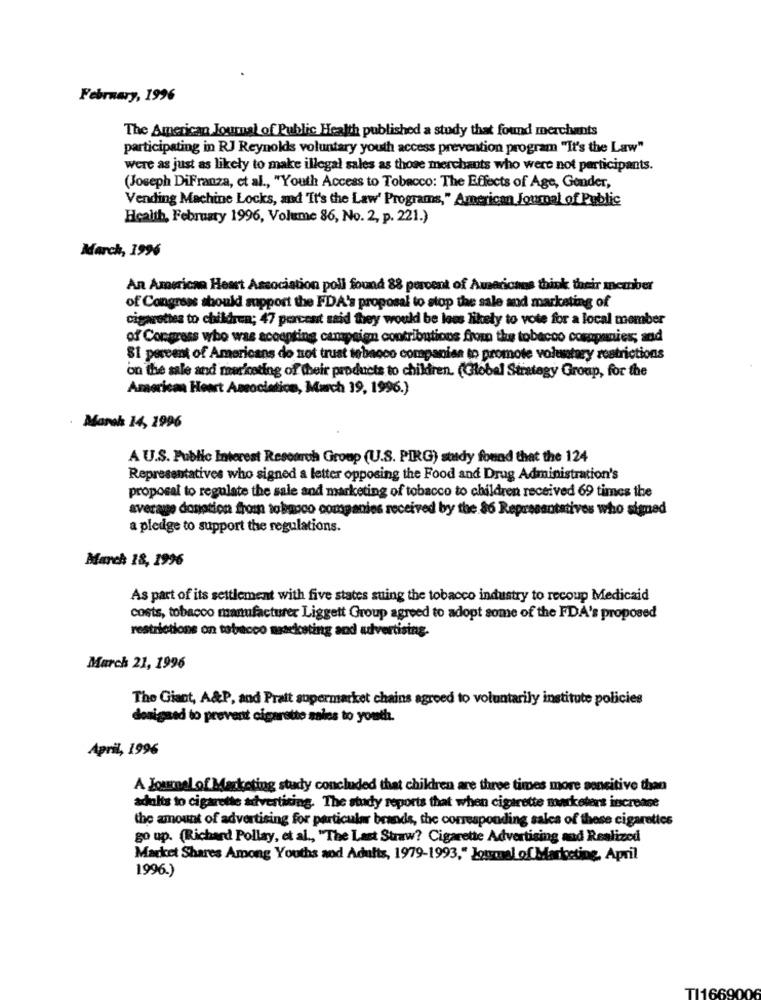
February, 1996
The American Journal of Public Health published a study that found merchants
participating in RJ Reynolds voluntary youth access prevention program "It's the Law"
were as just as likely to make illegal sales as those merchants who were not participants.
(Joseph DiFranza, et al ., "Youth Access to Tobacco: The Effects of Age, Gender,
Vending Machine Locks, and It's the Law' Programs," American Journal of Public
Health, February 1996, Volume 86, No. 2, p. 221.)
March, 1996
An American Heart Association poll found 88 percent of Americans think their member
of Congress should support the FDA's proposal to stop the sale and marketing of
cigarettes to children; 47 percent said they would be less likely to vote for a local member
of Congress who was accepting campaign contributions from the tobacco companies; and
81 percent of Americans do not trust tobacco companies to promote voluntary restrictions
on the sale and maricoting of their products to children. (Global Strategy Group, for the
American Heart Association, March 19, 1996.)
March 14, 1996
A U.S. Public Interest Research Group (U.S. PIRG) study found that the 124
Representatives who signed a letter opposing the Food and Drug Administration's
proposal to regulate the sale and marketing of tobacco to children received 69 times the
average donation fromn tobacco companies received by the 86 Representatives who signed
a pledge to support the regulations.
March 18, 1996
As part of its settlement with five states suing the tobacco industry to recoup Medicaid
costs, tobacco manufacturer Liggett Group agreed to adopt some of the FDA's proposed
restrictions on tobracco marketing and advertising.
March 21, 1996
The Giant, A&P, and Pratt supermarket chains agreed to voluntarily institute policies
designed to prevent cigarette sales to youth.
April, 1996
A Journal of Marketing study concluded that children are three times more sensitive than
adults to cigarette advertising. The study reports that when cigarette marketers increase
the amount of advertising for particular brands, the corresponding sales of these cigarettes
go up. (Richard Pollay, et al ., "The Last Straw? Cigarette Advertising and Realized
Market Shares Among Youths and Adults, 1979-1993," Journal of Marketing, April
1996.)
TI1669